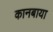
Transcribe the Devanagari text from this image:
कानबाया